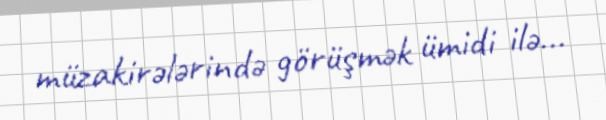
müzakirələrində görüşmək ümidi ilə...